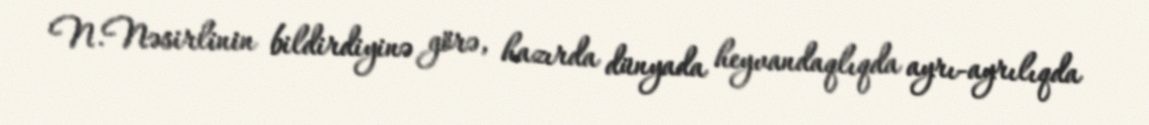
N.Nəsirlinin bildirdiyinə görə, hazırda dünyada heyvandaqlıqda ayrı-ayrılıqda